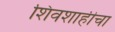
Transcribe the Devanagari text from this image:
शिवशाहीचा